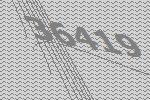
36419